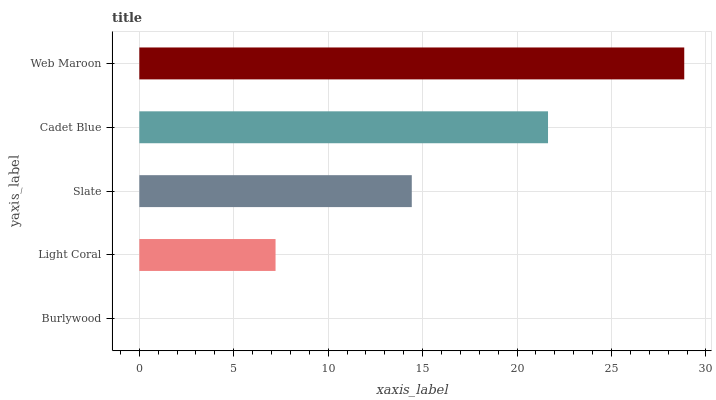
| yaxis_label | bars |
 | --- | --- |
 | Burlywood | 0 |
 | Light Coral | 7.21 |
 | Slate | 14.4 |
 | Cadet Blue | 21.6 |
 | Web Maroon | 28.9 |